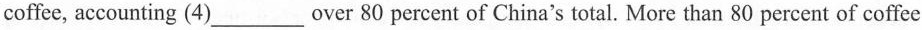
coffee, accounting (4)___ over 80 percent of China's total. More than 80 percent of coffee